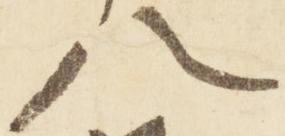
八